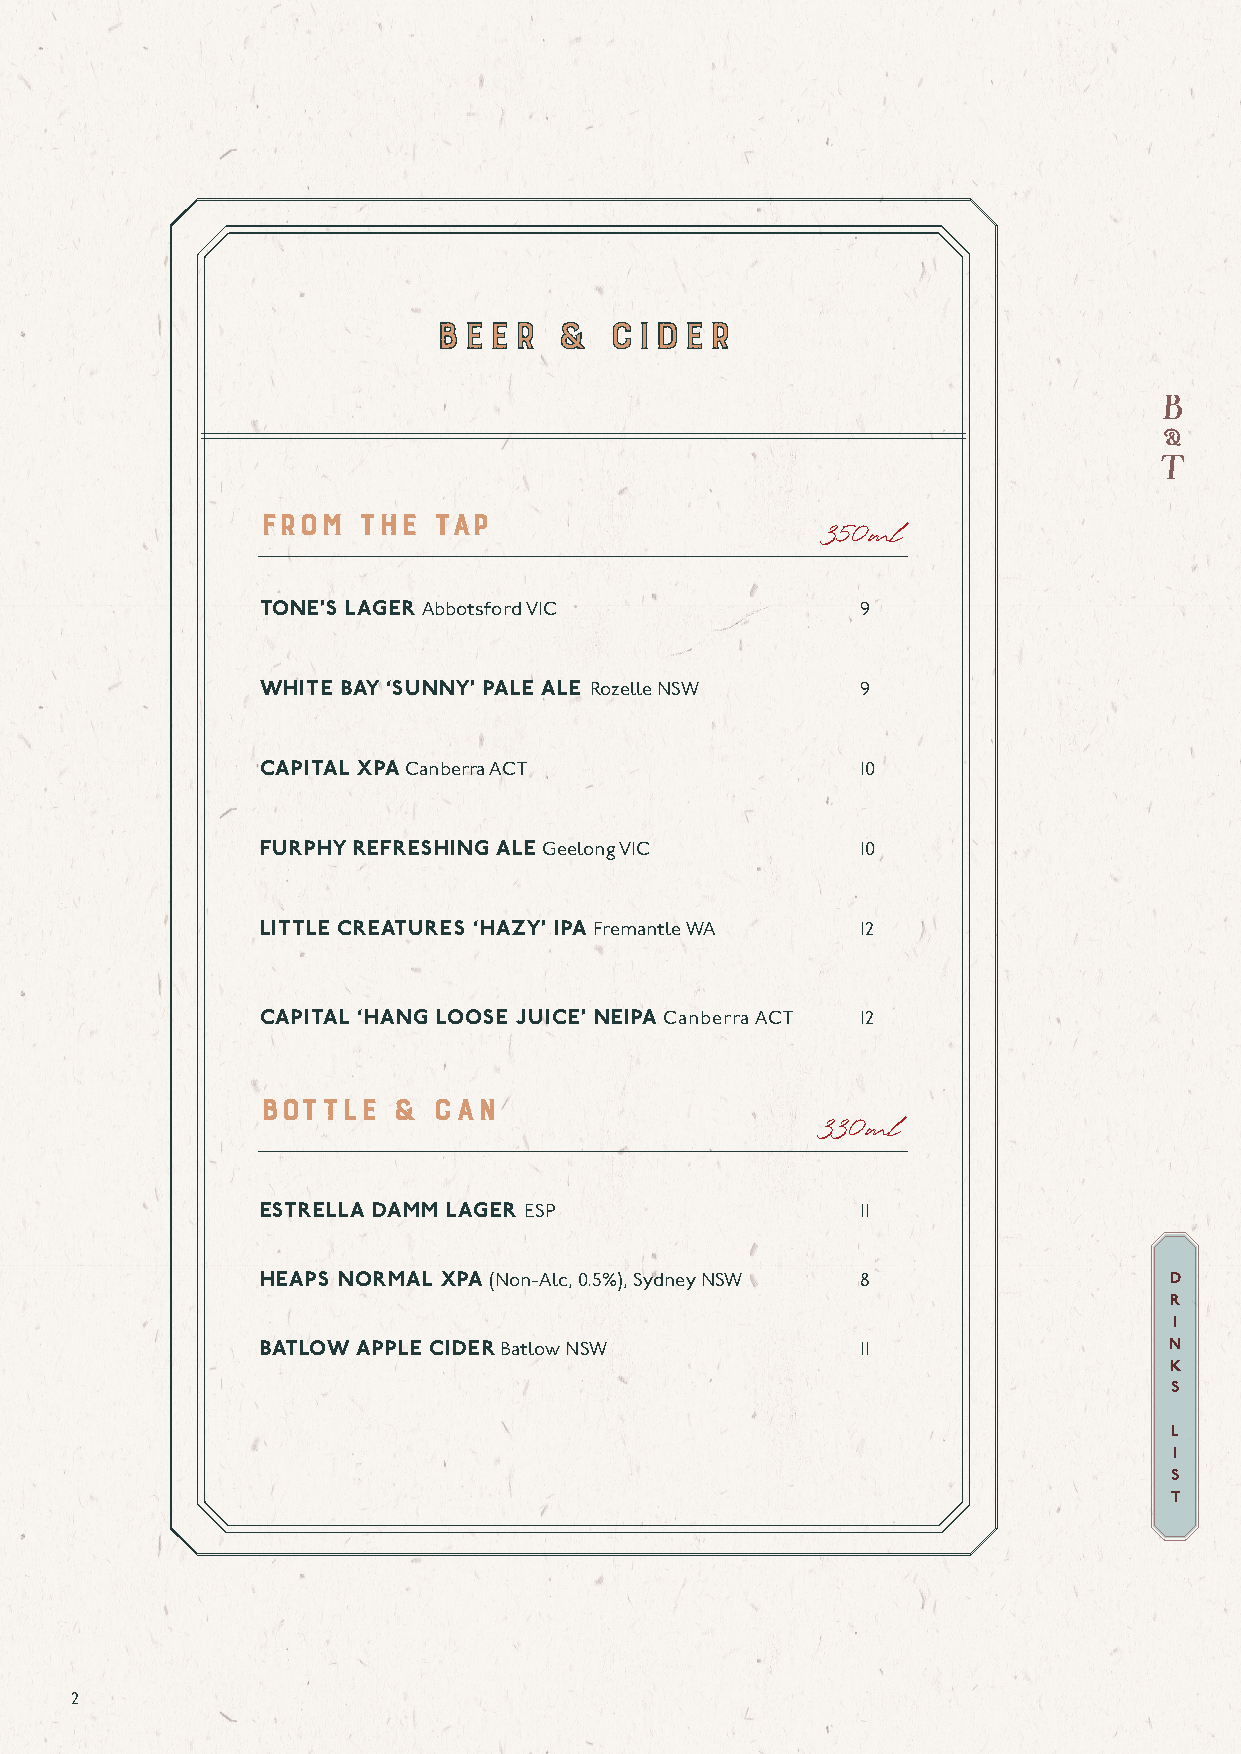
bEER    &  CIDER
 bEER    &  CIDER
 FROM   THE  TAP
 350ml
 TONE’S LAGER Abbotsford VIC             9
 WHITE BAY ‘SUNNY’ PALE ALE Rozelle NSW  9
 CAPITAL XPA Canberra ACT                10
 FURPHY REFRESHING ALE Geelong VIC       10
 LITTLE CREATURES ‘HAZY’ IPA Fremantle WA 12
 CAPITAL ‘HANG LOOSE JUICE’ NEIPA Canberra ACT 12
 bOTTLE   &  CAN
 330ml
 ESTRELLA DAMM LAGER ESP                 11
 HEAPS NORMAL XPA (Non-Alc, 0.5%), Sydney NSW 8              D
 R
 I
 BATLOW APPLE CIDER Batlow NSW           11                  N
 K
 S
 L
 I
 S
 T
 2